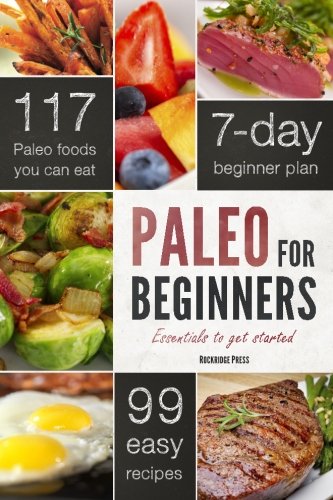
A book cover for Paleo for Beginners: Essentials to Get Started; John Chatham; Health, Fitness & Dieting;